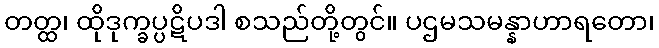
တတ္ထ၊ ထိုဒုက္ခပ္ပဋိပဒါ စသည်တို့တွင်။ ပဌမသမန္နာဟာရတော၊